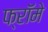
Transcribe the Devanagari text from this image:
फ्रॉमे